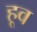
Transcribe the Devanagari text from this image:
हूव